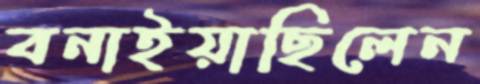
বনাইয়াছিলেন